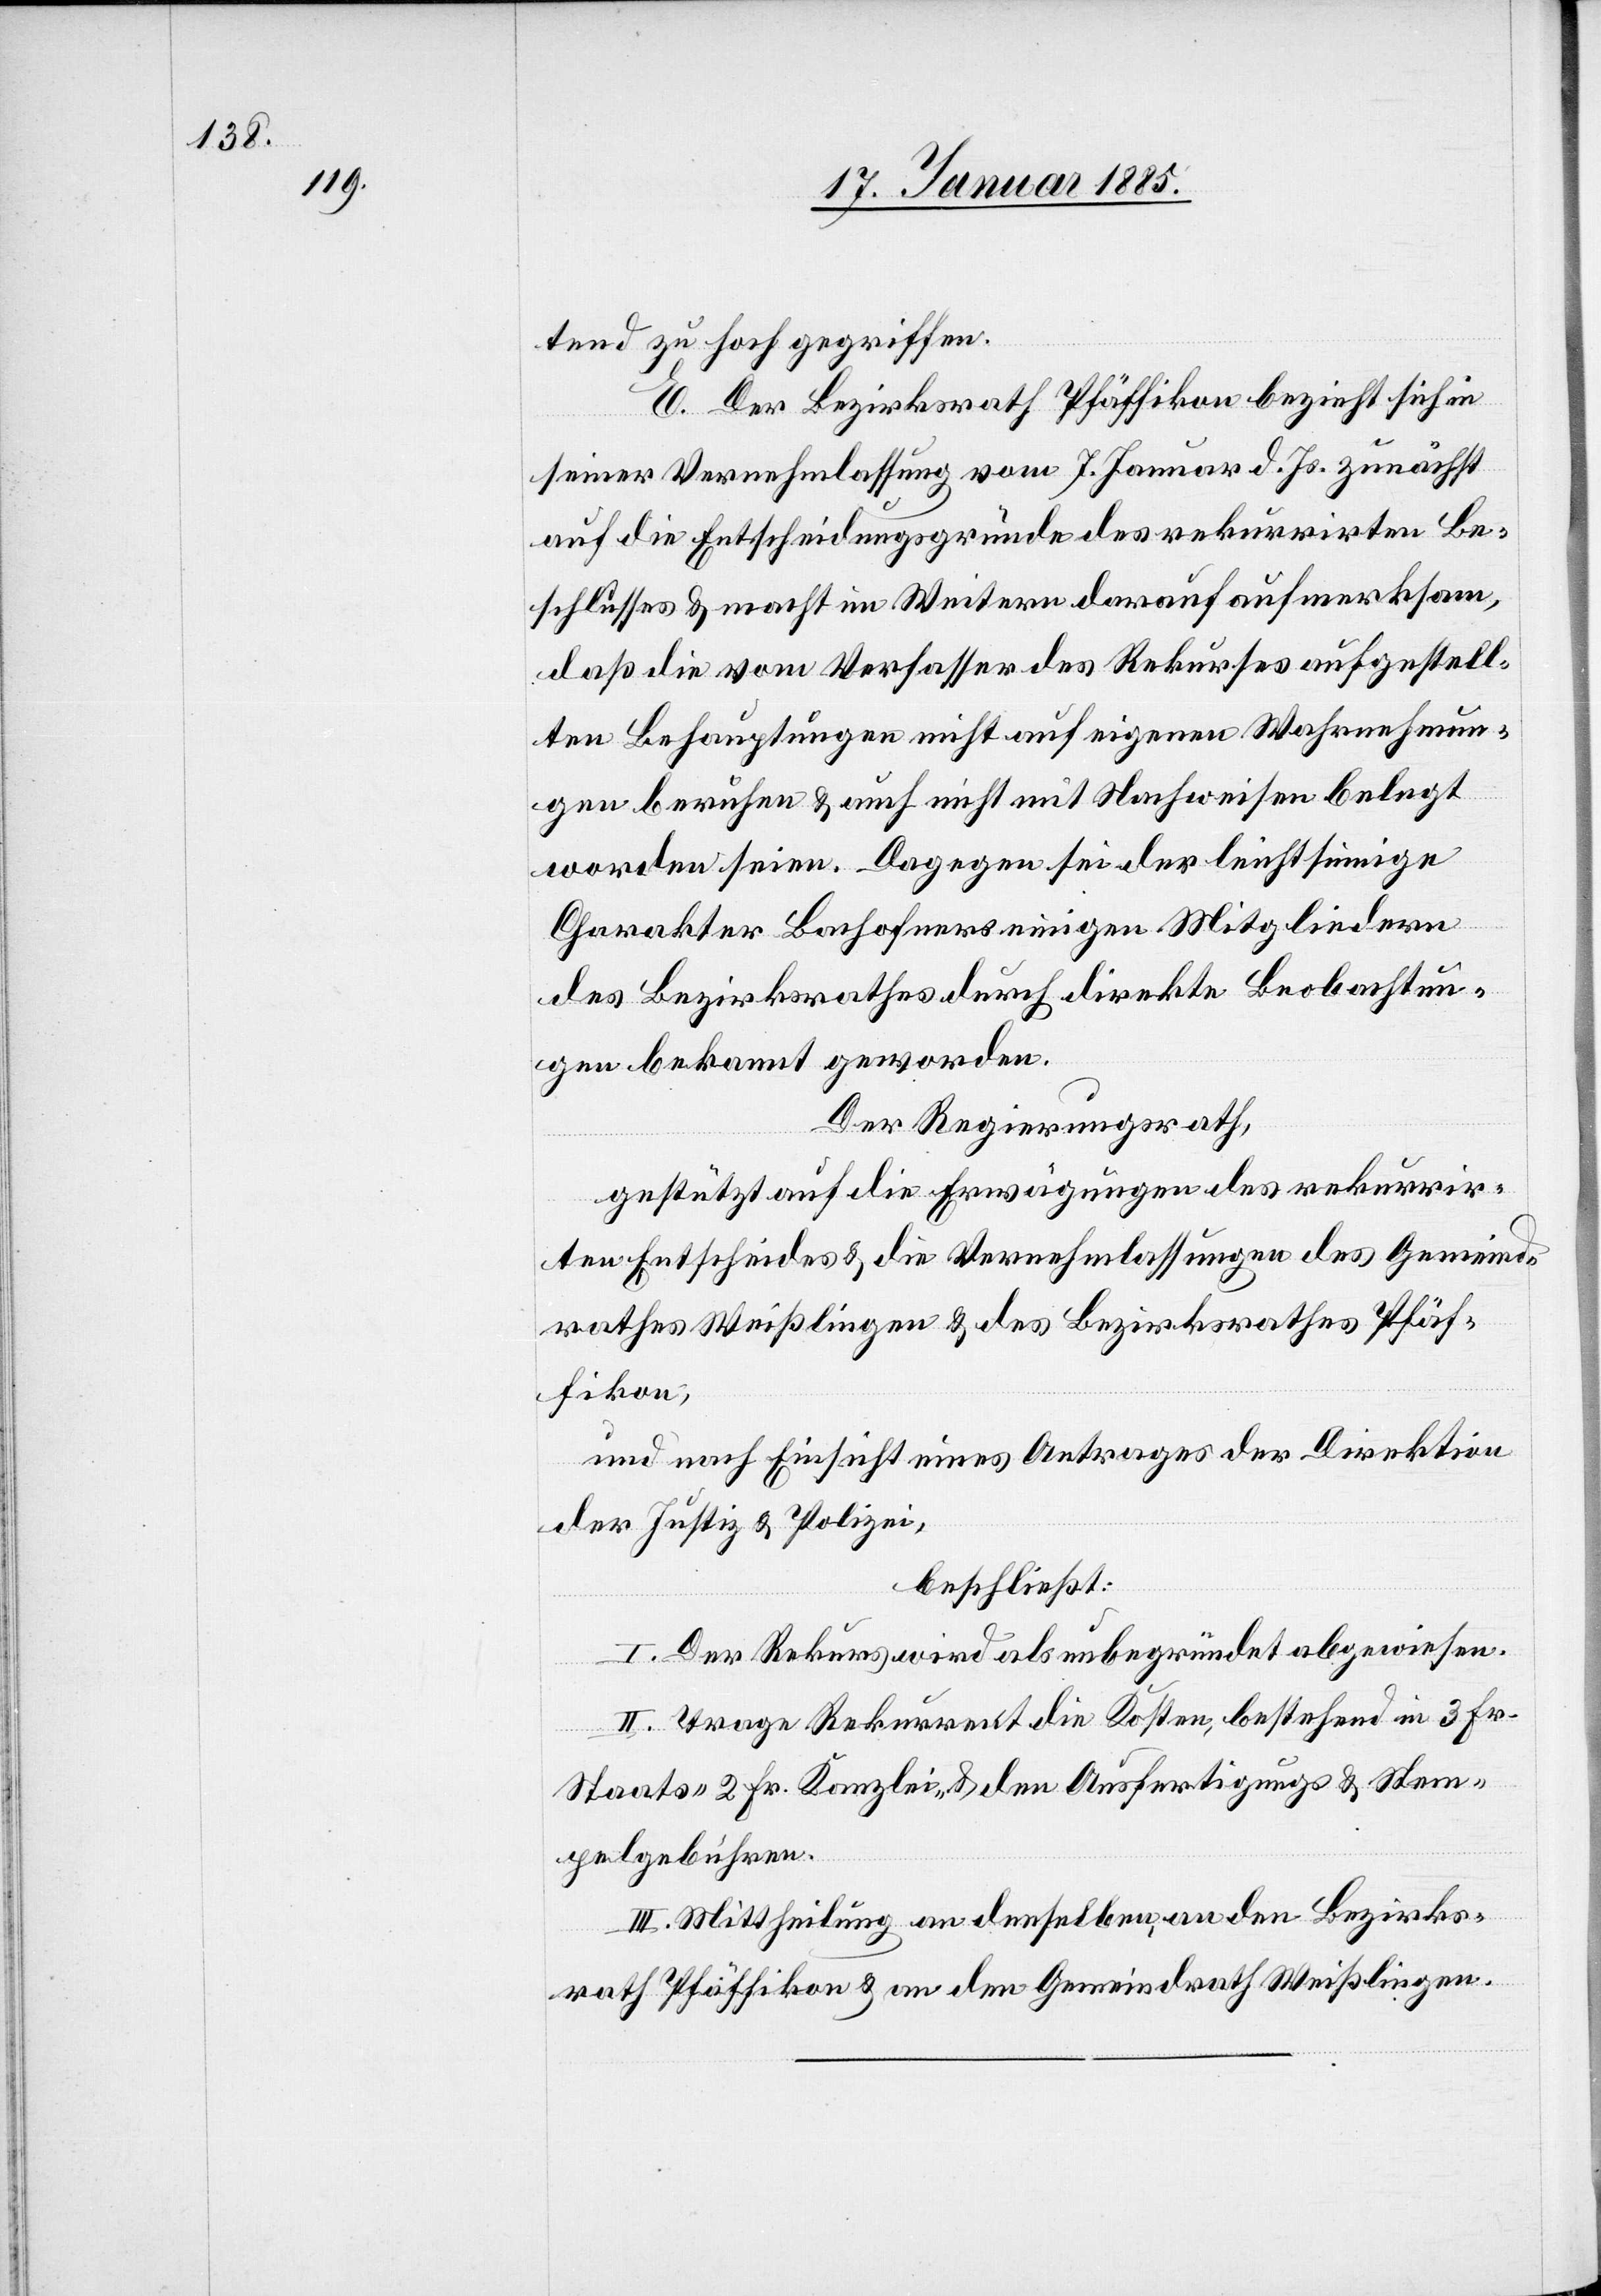
tend zu hoch gegriffen.
E. Der Bezirksrath Pfäffikon bezieht sich in
seiner Vernehmlassung vom 7. Januar d. Js. zunächst
auf die Entscheidungsgründe des rekurrirten Be¬
schlusses & macht im Weitern darauf aufmerksam,
daß die vom Verfasser des Rekurses aufgestell¬
ten Behauptungen nicht auf eigenen Wahrnehmun¬
gen beruhen & auch nicht mit Nachweisen belegt
worden seien. Dagegen sei der leichtsinnige
Charakter Bachofners einigen Mitgliedern
des Bezirksrathes durch direkte Beobachtun¬
gen bekannt geworden.
Der Regierungsrath,
gestützt auf die Erwägungen des rekurrir¬
ten Entscheides & die Vernehmlassungen des Gemeind¬
rathes Weißlingen & des Bezirksrathes Pfäf¬
fikon,
und nach Einsicht eines Antrages der Direktion
der Justiz & Polizei,
beschließt:
I. Der Rekurs wird als unbegründet abgewiesen.
II. Trage Rekurrent die Kosten, bestehend in 3. Fr.
Staats-[,] 2 Fr. Kanzlei- & den Ausfertigungs- & Stem¬
pelgebühren.
III. Mittheilung an denselben, an den Bezirks¬
rath Pfäffikon & an den Gemeindrath Weißlingen.